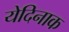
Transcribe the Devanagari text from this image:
येदिनाक